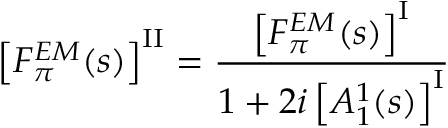
\left[ F _ { \pi } ^ { E M } ( s ) \right] ^ { \mathrm { I I } } = \frac { \left[ F _ { \pi } ^ { E M } ( s ) \right] ^ { \mathrm { I } } } { 1 + 2 i \left[ A _ { 1 } ^ { 1 } ( s ) \right] ^ { \mathrm { I } } }